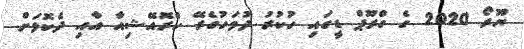
ޔޫރޯ 2020 ގެ ގްރޫޕް ޑީގައި ހުކުރު ދުވަހުގެރޭ ކްރޮއޭޝިއާ އާއި ދެކޮޅަށް